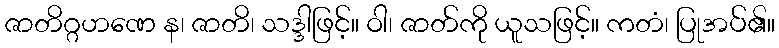
ဇာတိဂ္ဂဟဏေ န၊ ဇာတိ၊ သဒ္ဒါဖြင့်။ ဝါ၊ ဇာတ်ကို ယူသဖြင့်။ ကတံ၊ ပြုအပ်၏။